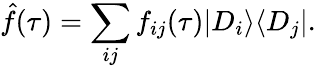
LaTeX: \hat{f}(\tau)=\sum_{ij}f_{ij}(\tau)|D_{i}\rangle\langle D_{j}|.